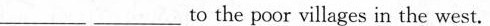
___ ___to the poor villages in the west.